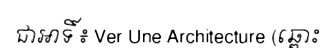
ជាអាទិ៍ ៖ Ver Une Architecture (ឆ្ពោះ